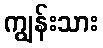
ကျွန်းသား